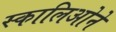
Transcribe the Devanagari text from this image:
स्कालिओने